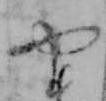
や